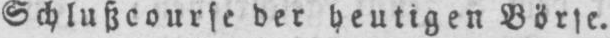
Schlußcourse der heutigen Börse.